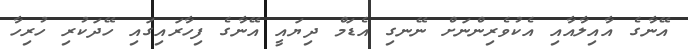
އޭނާގެ އާއިލާއާއި އެކުވެރިންނަށް ނޭނގި އެޑަމް ދިޔައީ އޭނާގެ ފިހާރައިގައި ހޭދަކުރި ހުރިހާ